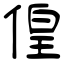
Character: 偟